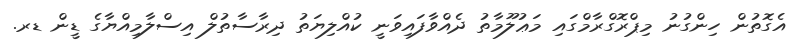
އެގޮތުން ހިންގުނު މިޕްރޮގްރާމްގައި މަޢުލޫމާތު ދެއްވާފައިވަނީ ކުއްލިޔަތު ދިރާސާތުލް އިސްލާމިއްޔާގެ ޑީން ޑރ.